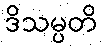
ဒိသမ္ပတိ